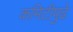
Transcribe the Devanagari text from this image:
कमिटीपुढे